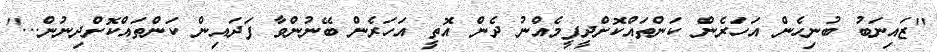
''ޒައިނަބު ބުނިހެން އަހަރެން ކަންތައްކޮށްދީފީމެއްނު ދެން އޮތީ އަހަރެން ބޭނުންވާ ފަދައިން ކަންތައްކޮށްދިނުން...''